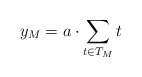
\begin{align*}y_M=a\cdot \sum_{t\in T_{M}}t\end{align*}